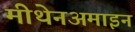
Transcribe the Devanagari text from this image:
मीथेनअमाइन